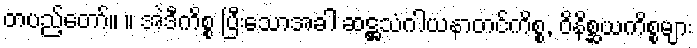
တပည့်တော်။ ။ အဲဒီကိစ္စ ပြီးသောအခါ ဆဋ္ဌသံဂါယနာတင်ကိစ္စ, ဝိနိစ္ဆယကိစ္စများ